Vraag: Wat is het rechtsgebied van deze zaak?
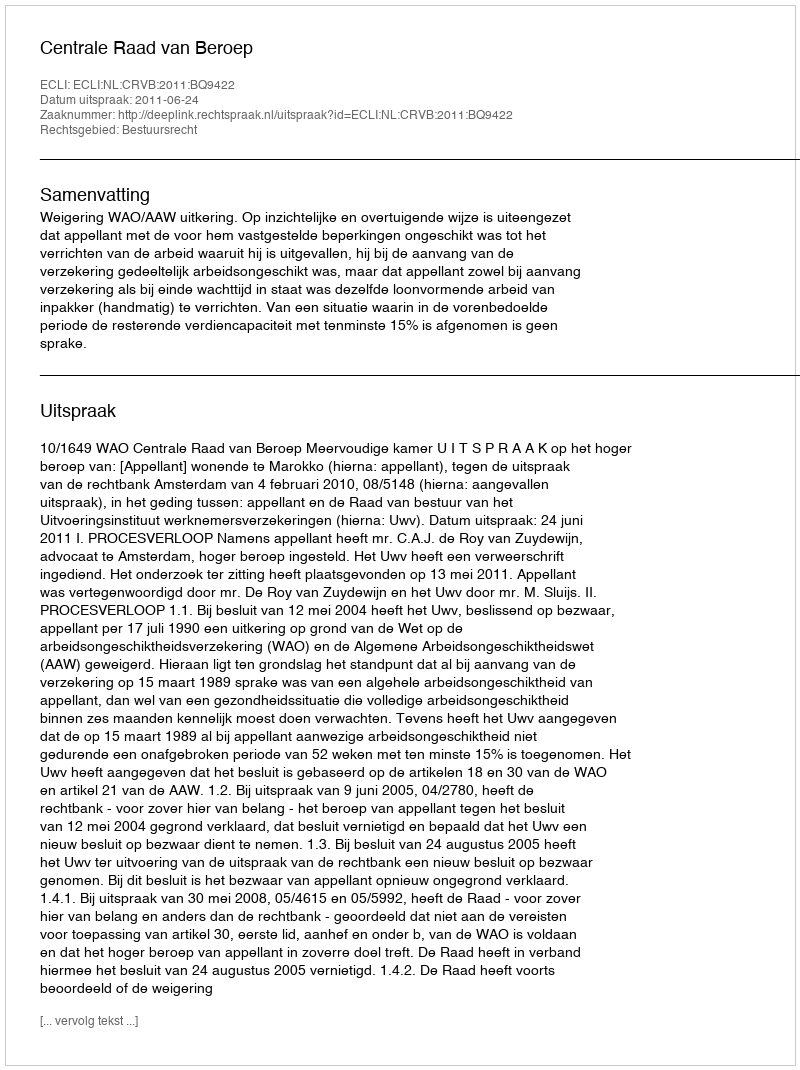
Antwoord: Bestuursrecht